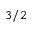
3 / 2